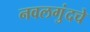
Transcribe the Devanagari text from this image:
नवलगुंदचे